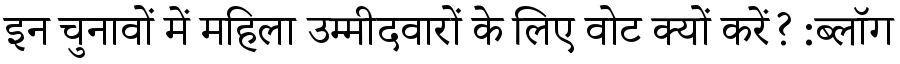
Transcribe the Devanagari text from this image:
इन चुनावों में महिला उम्मीदवारों के लिए वोट क्यों करें? :ब्लॉग